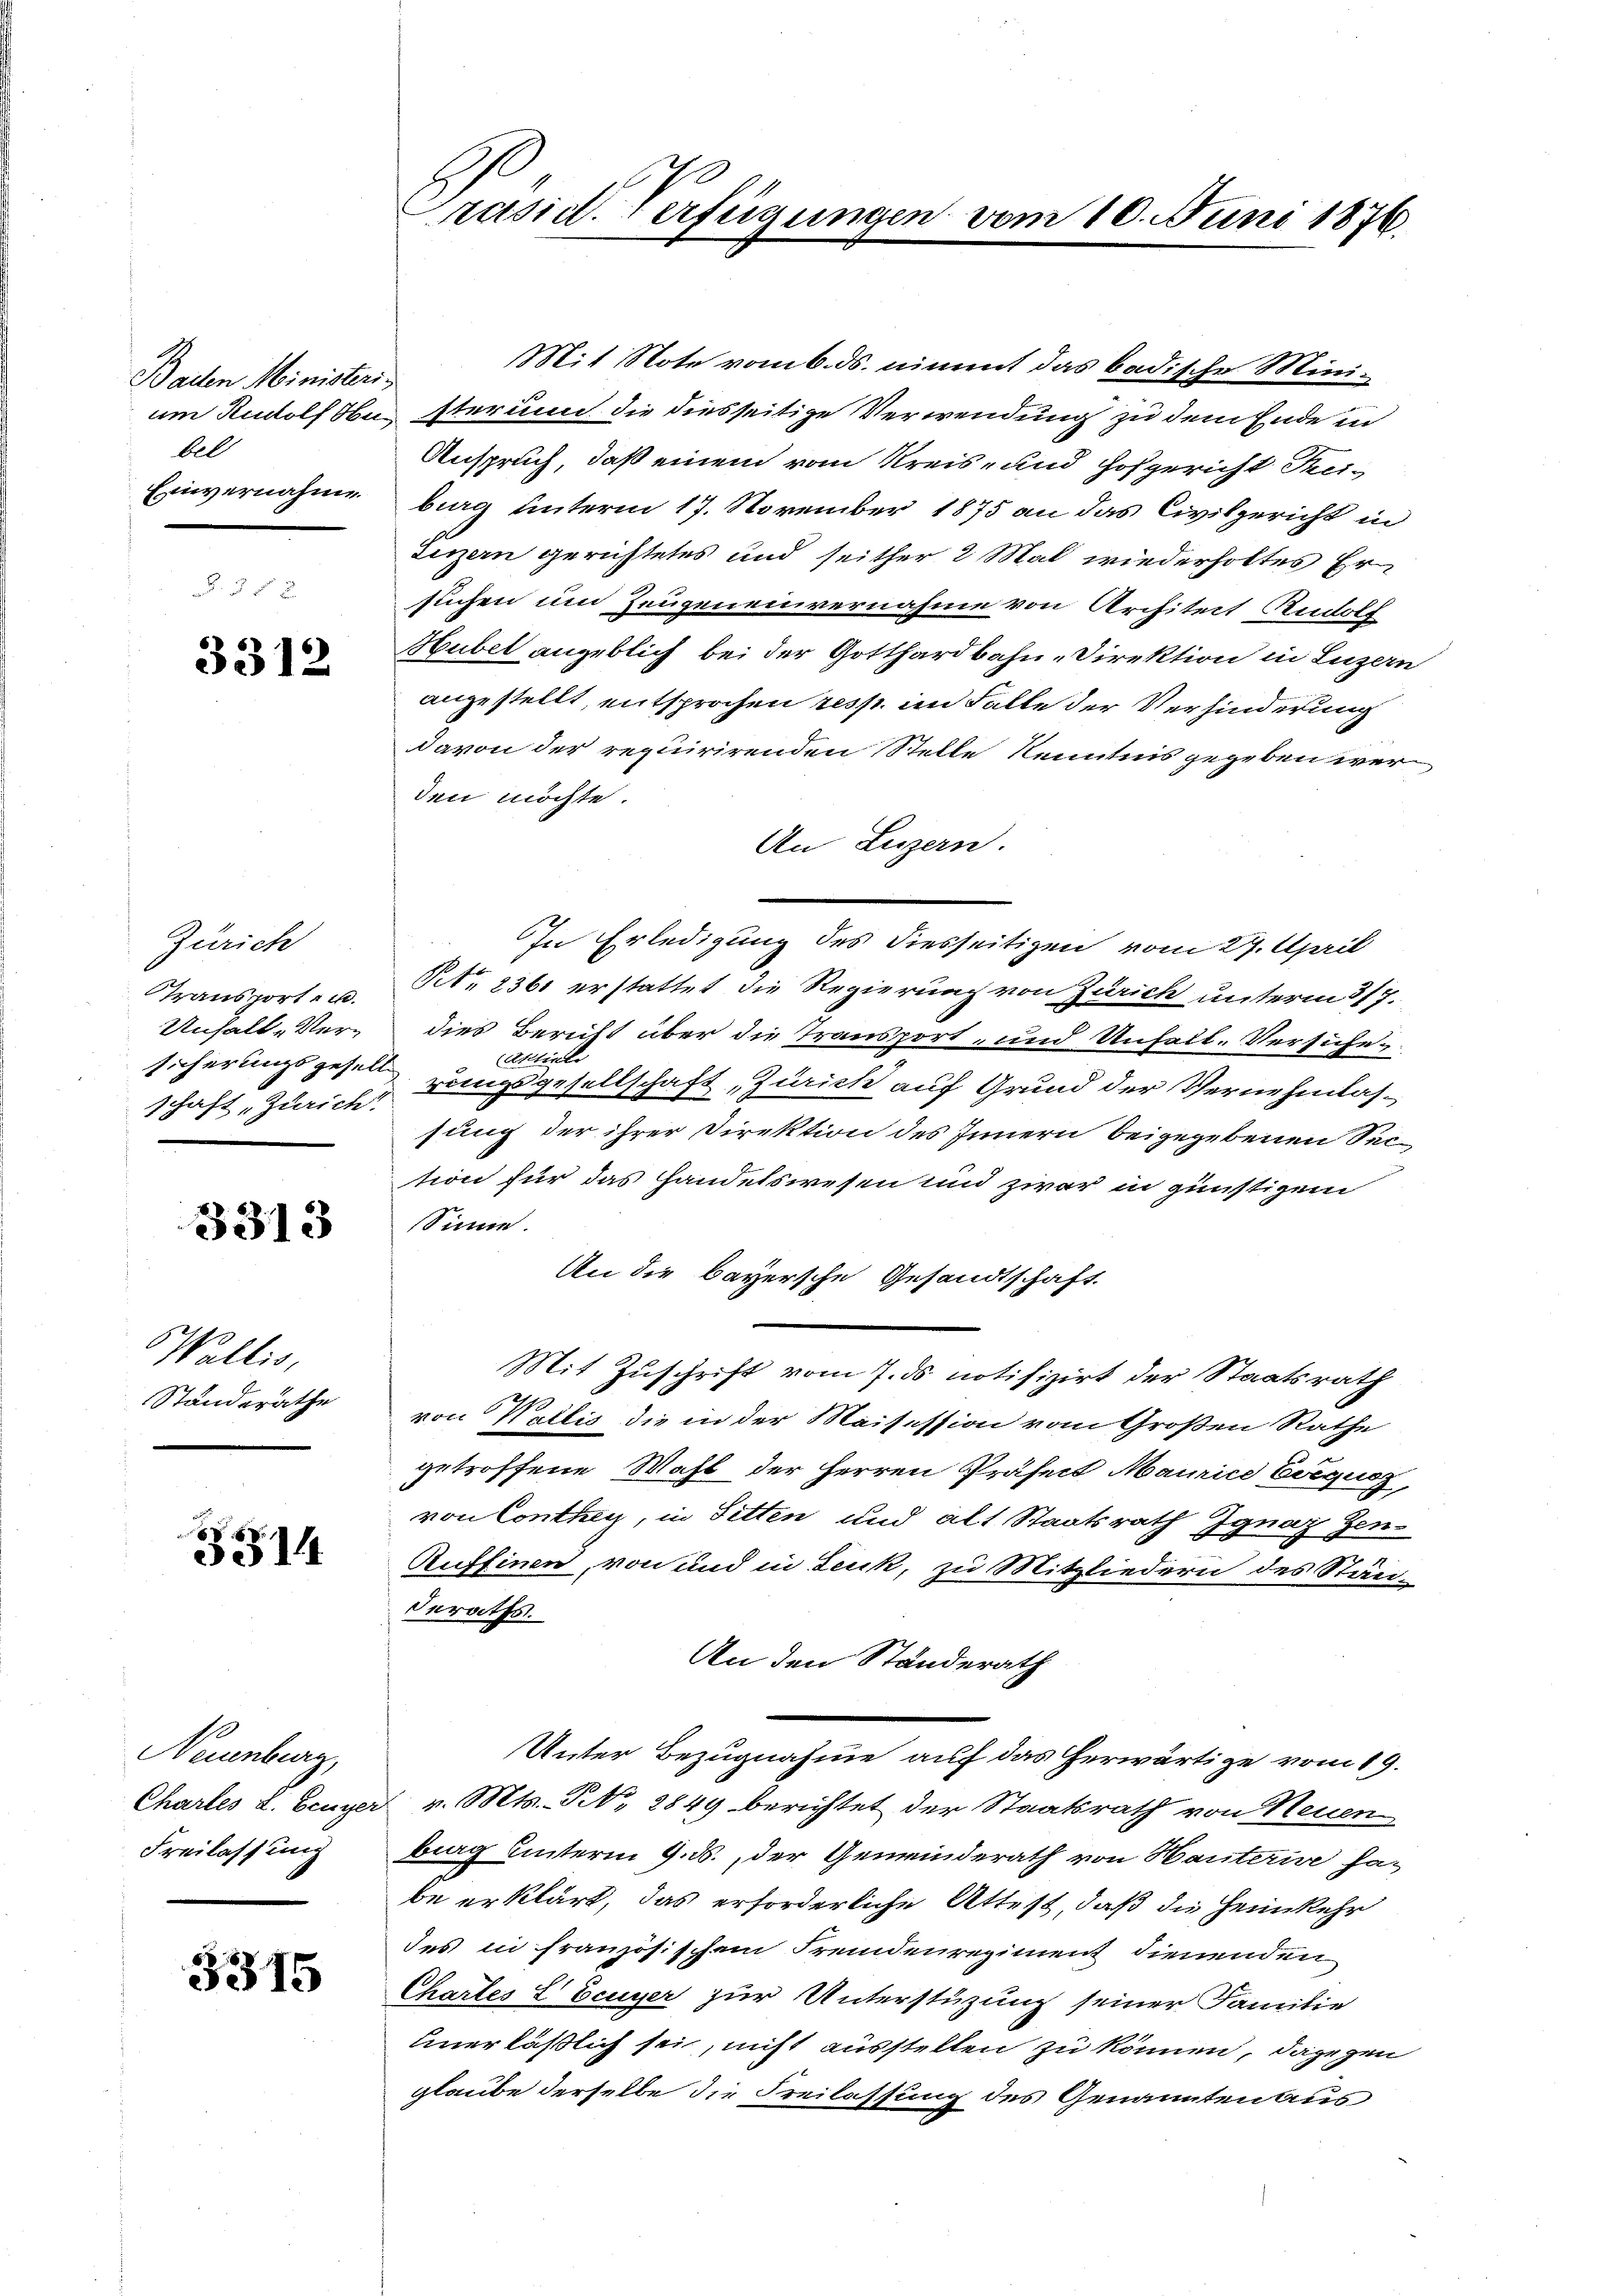
Baden Ministeri
bel
Einvernahme

3312

Zürich
Transporte u.
Unfall Versicherungsgesell
schaft Zürich.

3313

Wallis,
Ständerathe

3514

Neuenburg,
Chartes L. Eeuyer
Freilassung

3315

Präsid. Verfügunge.

Mit Note vom 6. ds. nimmt das badische Miniam Rudolf besterium die diesseitige Verwendung zu dem Ende in
Anspruch, daß einem vom Kreis- und Hofgericht Tei-
burg unterm 17. November 1875 an das Civilgericht in
Luzern gerichtetes und seither 2 Mal wiederholtes Er
suchen um Zeugeneinvernahme von Architeit Rudolf
Hubel angeblich bei der Gotthardbahn-Direktion in Luzern
angestellt, entsprochen resp. im Falle der Verhinderung
davon der requirirenden Stelle Kenntnis gegeben werden möchte.
An Luzern.
In Erledigung des diesseitigen vom 27. April
Pto 236 erstattet die Regierung von Zürich unterm 317.
dies Bericht über die Transport- und Unfall. Versiche
 Aktiente
rungsgesellschaft „Zürich auf Grund der Vernehmlassung der ihrer Direktion des Innern beigegebenen Section für das Handelswesen und zwar in günstigem
Sinne.
An die bayersche Gesandtschaft
Mit Zuschrift vom 7. ds notifizirt der Staatsrath
von Wallis die in der Meisession vom Großen Rathe
getroffene Wahl der Herren Präsent Maurice Biegung,
von Contrag, in Sitten und alt Staatsrath Ignaz Gen¬
Ruffinen, von und in Leuk, zu Mitgliedern des Stän-
Oeraths.
An den Ständerath
Unter Bezugnahme auf das erwärtige vom 19.
 v. Mts. S. 2849 berichtet der Staatsrath von Neuen
brag unterm 9. ds., der Gemeinderath von Hauterie habe erklärt, das erforderliche Attest, daß die Heimkehr
des in französischem Fremdenregiment dienenden
Chartes L Eeuyer zur Unterstüzung seiner Familie
unerläßlich sei, nicht ausstellen zu können, dagegen
glaube derselbe die Freilassung des Genannten aus

vom 10. Juni 1876.